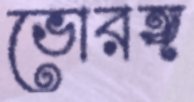
ভোরঙ্গ